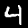
Digit: 4